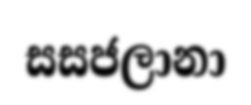
සසජලානා